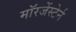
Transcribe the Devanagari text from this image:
मॉरजेंस्टेर्न